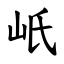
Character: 㞴